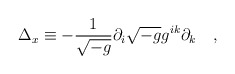
\begin{align*}\Delta_x\equiv-{1 \over \sqrt{-g}}\partial_i\sqrt{-g}g^{ik}\partial_k~~~,\end{align*}